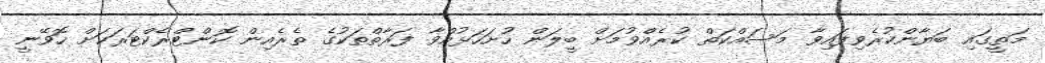
މަތީގައި ބަޔާންކުރެވިފައިވާ މަސައްކަތް ކުރެއްވުމަށް ބީލަން ހުށަހަޅުއްވާ ފަރާތްތަކުގެ ތެރެއިން ކޮންޓްރެކްޓަރަކަށް ހޮވޭނީ